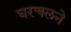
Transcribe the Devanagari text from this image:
घरचलने